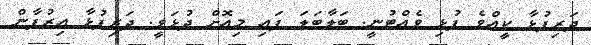
ދަރިފުޅާ ކީއްވެ ފުޅި ވެއްޓުނީ. ބަލާބަލަ ފައި މިއޮށް ދުޅަވީ. ދަރިފުޅާ އިރުފާން